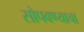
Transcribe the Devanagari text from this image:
सोपवण्याचा